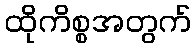
ထိုကိစ္စအတွက်